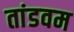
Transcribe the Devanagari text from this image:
तांडवम